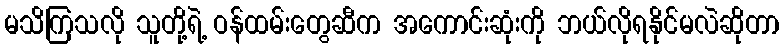
မသိကြသလို သူတို့ရဲ့ ဝန်ထမ်းတွေဆီက အကောင်းဆုံးကို ဘယ်လိုရနိုင်မလဲဆိုတာ